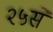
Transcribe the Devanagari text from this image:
२५से